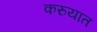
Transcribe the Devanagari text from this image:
करुयात